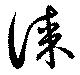
謀